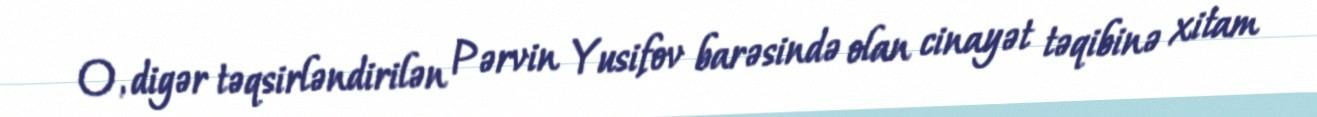
O, digər təqsirləndirilən Pərvin Yusifov barəsində olan cinayət təqibinə xitam